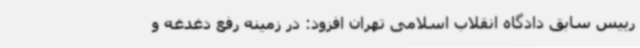
رییس سابق دادگاه انقلاب اسلامی تهران افزود: در زمینه رفع دغدغه و